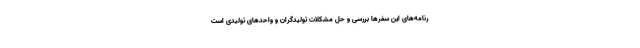
رنامه‌های این سفرها بررسی و حل مشکلات تولیدگران و واحدهای تولیدی است